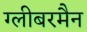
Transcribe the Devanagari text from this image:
ग्लीबरमैन